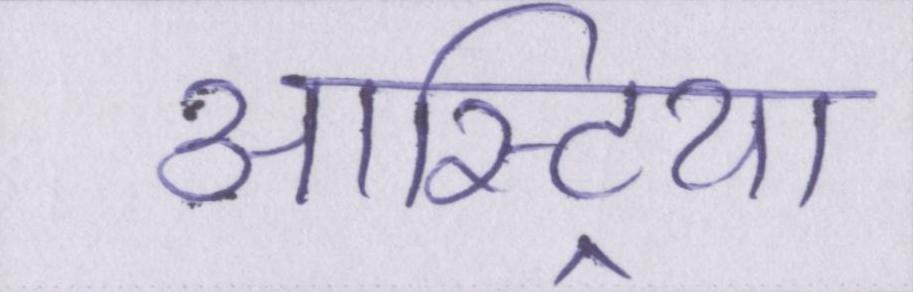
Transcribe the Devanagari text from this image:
आस्ट्रिया